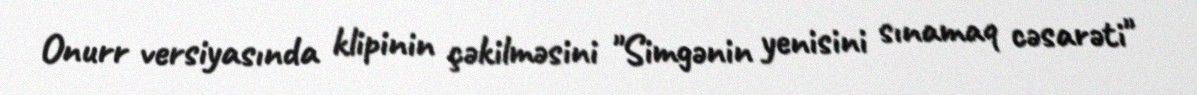
Onurr versiyasında klipinin çəkilməsini "Simgənin yenisini sınamaq cəsarəti"